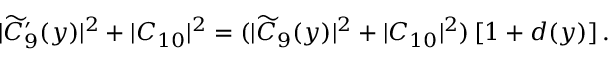
| \widetilde C _ { 9 } ^ { \prime } ( y ) | ^ { 2 } + | C _ { 1 0 } | ^ { 2 } = ( | \widetilde C _ { 9 } ( y ) | ^ { 2 } + | C _ { 1 0 } | ^ { 2 } ) \, [ 1 + d ( y ) ] \, .